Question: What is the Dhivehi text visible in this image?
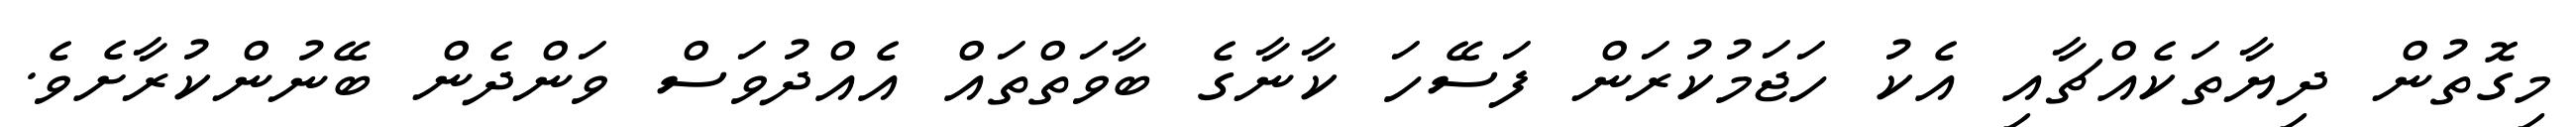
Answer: މިގޮތުން ދިޔާތަކެއްޗާއި އެކު ހަޖަމުކުރަން ފަސޭހަ ކާނާގެ ބާވަތްތައް އެއްދުވަސް ވަންދެން ބޭނުންކުރާށެވެ.